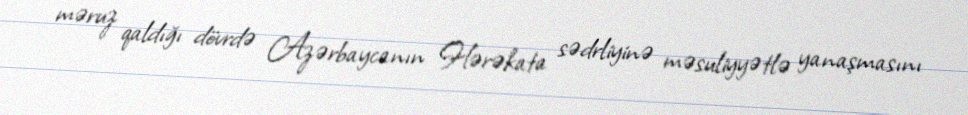
məruz qaldığı dövrdə Azərbaycanın Hərəkata sədrliyinə məsuliyyətlə yanaşmasını